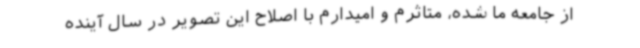
از جامعه ما شده، متاثرم و امیدارم با اصلاح این تصویر در سال آینده